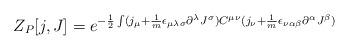
LaTeX: \begin{align*}Z_{P}[j,J] = e^{-\frac {1}{2}\int(j_\mu + \frac{1}{m}\epsilon_ {\mu \lambda \sigma}\partial^{\lambda}J^{\sigma})C^{\mu \nu}(j_\nu + \frac{1}{m}\epsilon_{\nu \alpha \beta}\partial^{\alpha}J^\beta)}\end{align*}